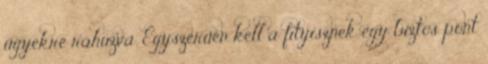
ügyekre ráhúzva. Egyszerűen kell a fityisznek egy biztos pont